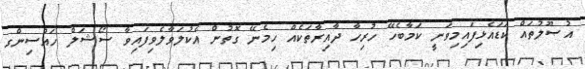
އުޞޫލުތައް ކަޑައެޅިފައިމިވަނީ ކަމާބެހޭ ހުރިހާ ދާއިރާތަކެއް ހިމެނޭ ގޮތުން އެކުލަވާލެވިފައިވާ ސޯޝަލް ހައުސިންގ